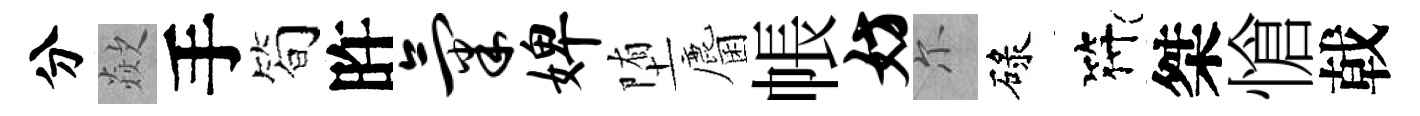
分歘手筍旿气婢堕麕帳妨尓碌符桀愴戟